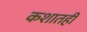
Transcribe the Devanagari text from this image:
कशातही